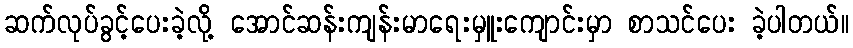
ဆက်လုပ်ခွင့်ပေးခဲ့လို့ အောင်ဆန်းကျန်းမာရေးမှူးကျောင်းမှာ စာသင်ပေး ခဲ့ပါတယ်။